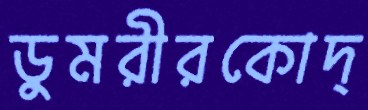
ডুমরীরকোদ্